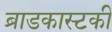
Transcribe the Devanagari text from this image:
ब्राडकास्टकी